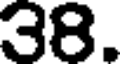
38.